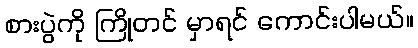
စားပွဲကို ကြိုတင် မှာရင် ကောင်းပါမယ်။